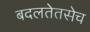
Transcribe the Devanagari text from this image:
बदलतेतसेच